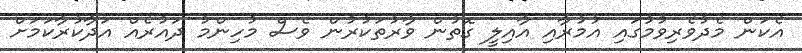
އެކަން މެދުވެރިވުމުގައި އުމުރާއި އާއިލީ ގޮތުން ވާރުތަކުރުން ވެސް މުހިންމު ދައުރެއް އަދާކުރާކަމަށް